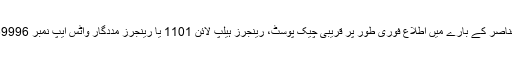
رینجرز حکام نے عوام سے اپیل کی ہے کہ ایسے عناصر کے بارے میں اطلاع فوری طور پر قریبی چیک پوسٹ، رینجرز ہیلپ لائن 1101 یا رینجرز مددگار واٹس ایپ نمبر 03162369996 پر کال یا ایس ایم ایس کے ذریعے دیں۔